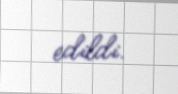
edildi.